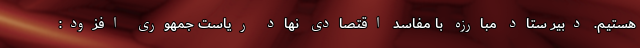
هستیم. دبیر ستاد مبارزه با مفاسد اقتصادی نهاد ریاست جمهوری افزود: